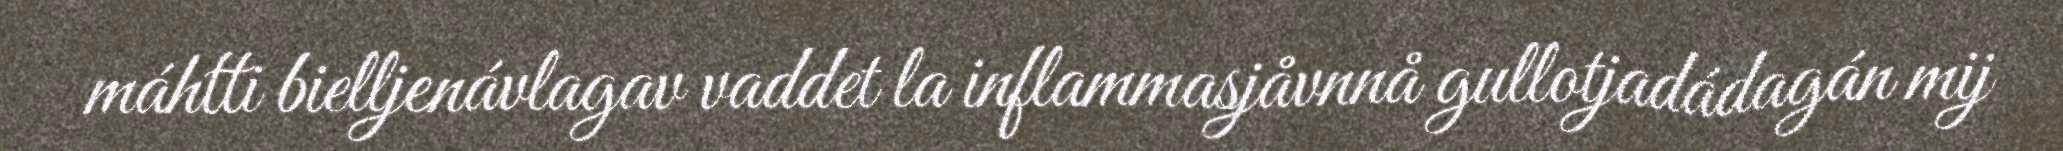
máhtti bielljenávlagav vaddet la inflammasjåvnnå gullotjadádagán mij